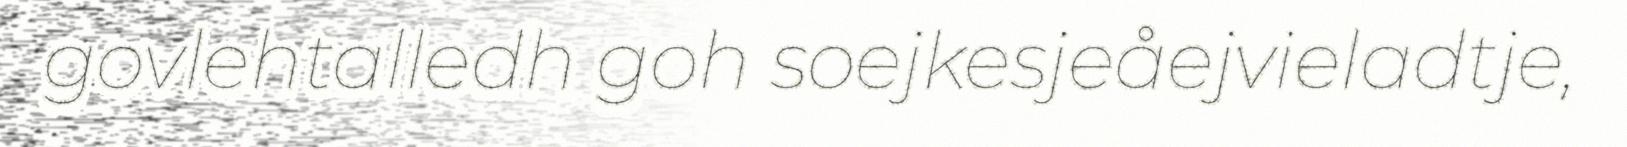
govlehtalledh goh soejkesjeåejvieladtje,